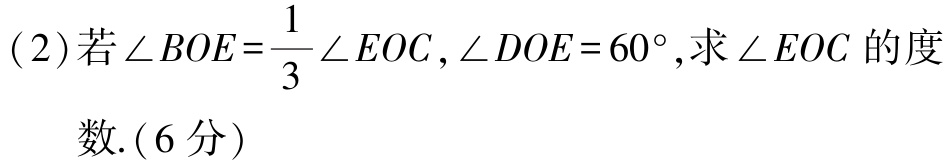
(2)若\(\angle BOE = \frac{1}{3}\angle EOC,\angle DOE = 60^{\circ}\),求\(\angle EOC\)的度

数.(6分)